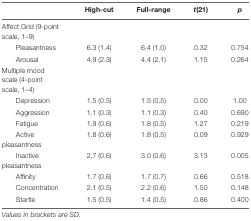
<table><thead><tr><td></td><td><b>High-cut</b></td><td><b>Full-range</b></td><td><b><i>t</i>(21)</b></td><td><b><i>p</i></b></td></tr></thead><tbody><tr><td>Affect Grid (9-point scale, 1–9)</td><td></td><td></td><td></td><td></td></tr><tr><td>Pleasantness</td><td>6.3 (1.4)</td><td>6.4 (1.0)</td><td>0.32</td><td>0.754</td></tr><tr><td>Arousal</td><td>4.9 (2.3)</td><td>4.4 (2.1)</td><td>1.15</td><td>0.264</td></tr><tr><td>Multiple mood scale (4-point scale, 1–4)</td><td></td><td></td><td></td><td></td></tr><tr><td>Depression</td><td>1.5 (0.5)</td><td>1.5 (0.5)</td><td>0.00</td><td>1.00</td></tr><tr><td>Aggression</td><td>1.1 (0.3)</td><td>1.1 (0.3)</td><td>0.40</td><td>0.690</td></tr><tr><td>Fatigue</td><td>1.9 (0.6)</td><td>1.8 (0.5)</td><td>1.27</td><td>0.219</td></tr><tr><td>Active pleasantness</td><td>1.8 (0.6)</td><td>1.8 (0.5)</td><td>0.09</td><td>0.929</td></tr><tr><td>Inactive pleasantness</td><td>2.7 (0.6)</td><td>3.0 (0.6)</td><td>3.13</td><td>0.005</td></tr><tr><td>Affinity</td><td>1.7 (0.6)</td><td>1.7 (0.7)</td><td>0.66</td><td>0.518</td></tr><tr><td>Concentration</td><td>2.1 (0.5)</td><td>2.2 (0.6)</td><td>1.50</td><td>0.148</td></tr><tr><td>Startle</td><td>1.5 (0.5)</td><td>1.4 (0.5)</td><td>0.86</td><td>0.400</td></tr></tbody></table>